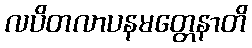
လပိတလာပနမတ္တေနာတိ